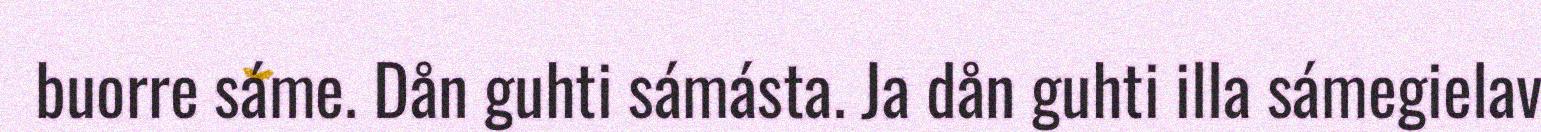
buorre sáme. Dån guhti sámásta. Ja dån guhti illa sámegielav